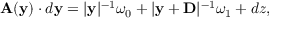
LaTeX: { \bf A } ( { \bf y } ) \cdot d { \bf y } = | { \bf y } | ^ { - 1 } \omega _ { 0 } + | { \bf y } + { \bf D } | ^ { - 1 } \omega _ { 1 } + d z ,